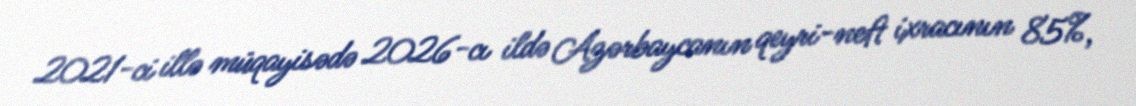
2021-ci illə müqayisədə 2026-cı ildə Azərbaycanın qeyri-neft ixracının 85%,